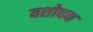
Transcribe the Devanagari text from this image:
यशोधन